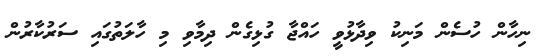
ނިހާން ހުސެން މަނިކު ވިދާޅުވީ ހައްޖާ ގުޅިިގެން ދިމާވި މި ހާލަތުގައި ސަރުކާރުން